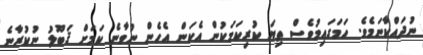
ނުދައްކާނަމެވެ. ހަމަގައިމުވެސް ތިޔަ ކުރިކަމަކުން އެކަން އެހެން ނުވާނެ ކަމަށް ޤަބޫލު ނުކުރާނެ